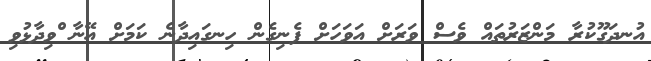
އުނދަގޫކުރާ މަންޒަރުތައް ވެސް ވަރަށް އަވަހަށް ފެނިގެން ހިނގައިދާނެ ކަމަށް އޭނާ ްވިދާޅުވި